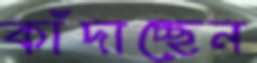
কাঁদাচ্ছেন